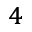
^ 4